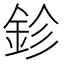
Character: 鉁